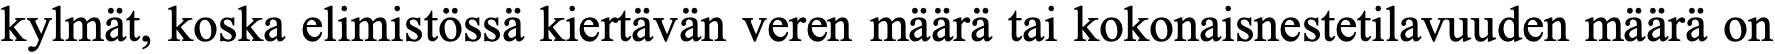
kylmät, koska elimistössä kiertävän veren määrä tai kokonaisnestetilavuuden määrä on